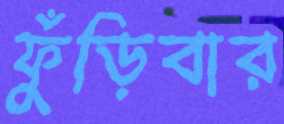
ফুঁড়িবার